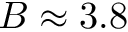
B \approx 3 . 8